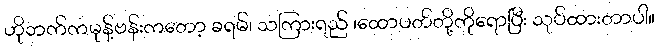
ဟိုဘက်ကမုန့်ဗန်းကတော့ ခရမ်၊ သကြားရည် ၊ထောပတ်တို့ကိုရောပြီး သုပ်ထားတာပါ။